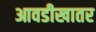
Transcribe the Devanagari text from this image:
आवडीखातर